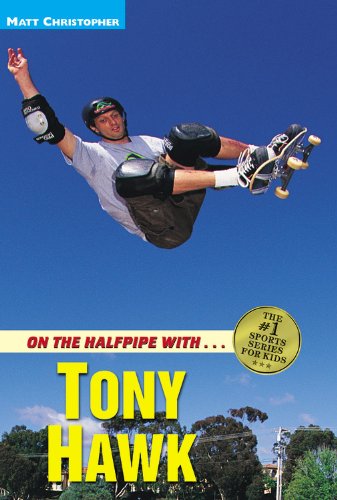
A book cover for On the Halfpipe with Tony Hawk; Matt Christopher; Children's Books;